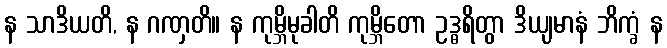
န သာဒိယတိ, န ဂဏှတိ။ န ကုမ္ဘိမုခါတိ ကုမ္ဘိတော ဥဒ္ဓရိတွာ ဒိယျမာနံ ဘိက္ခံ န